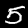
Label: 5